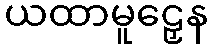
ယထာမူဠှေန